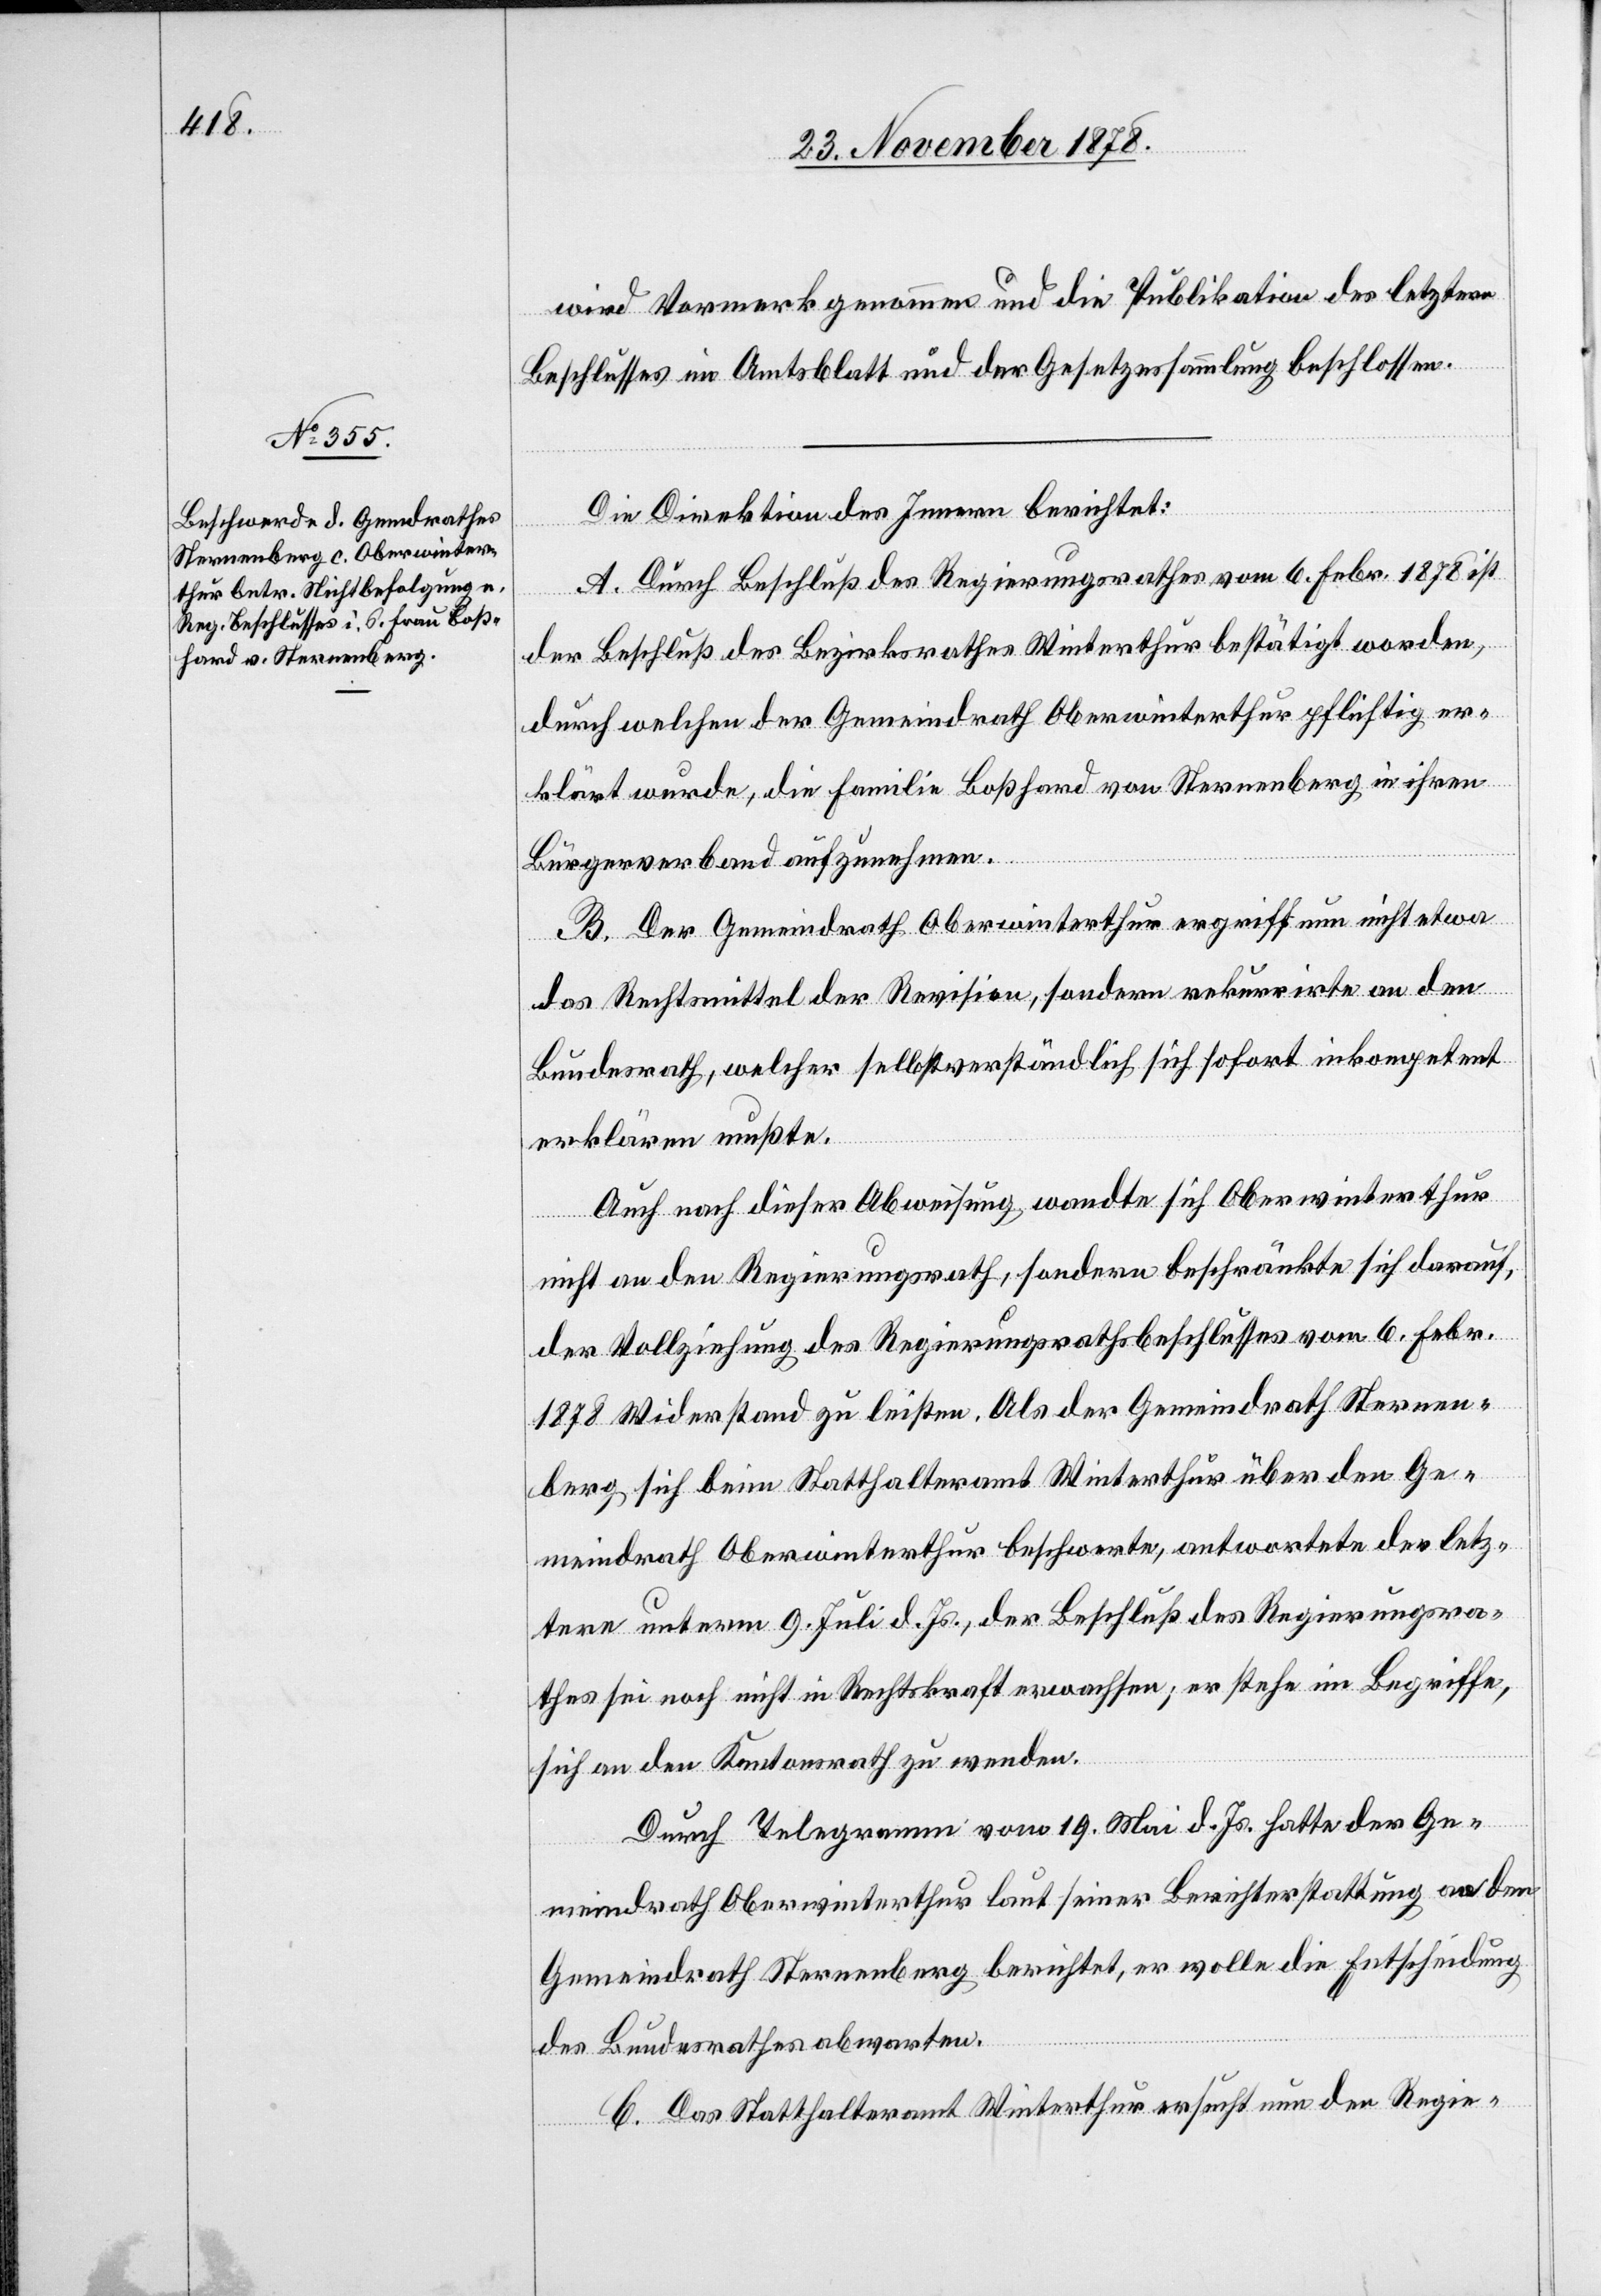
wird Vormerk genommen und die Publikation des letztern
Beschlusses im Amtsblatt und der Gesetzessammlung beschlossen.
Die Direktion des Innern berichtet:
A. Durch Beschluß des Regierungsrathes vom 6. Febr. 1878 ist
der Beschluß des Bezirksrathes Winterthur bestätigt worden,
durch welchen der Gemeindrath Oberwinterthur pflichtig er¬
klärt wurde, die Familie Boßhard von Sternenberg in ihren
Bürgerverband aufzunehmen.
B. Der Gemeindrath Oberwinterthur ergriff nun nicht etwa
das Rechtsmittel der Revision, sondern rekurrirte an den
Bundesrath, welcher selbstverständlich sich sofort inkompetent
erklären mußte.
Auch nach dieser Abweisung wandte sich Oberwinterthur
nicht an den Regierungsrath, sondern beschränkte sich darauf,
der Vollziehung des Regierungsrathsbeschlusses vom 6. Febr.
1878 Widerstand zu leisten. Als der Gemeindrath Sternen¬
berg sich beim Statthalteramt Winterthur über den Ge¬
meindrath Oberwinterthur beschwerte, antwortete der letz¬
tere unterm 9. Juli d. Js., der Beschluß des Regierungsra¬
thes sei noch nicht in Rechtskraft erwachsen; er stehe im Begriffe,
sich an den Kantonsrath zu wenden.
Durch Telegramm vom 19. Mai d. Js. hatte der Ge¬
meindrath Oberwinterthur laut seiner Berichterstattung an den
Gemeindrath Sternenberg berichtet, er wolle die Entscheidung
des Bundesrathes abwarten.
C. Das Statthalteramt Winterthur ersucht nun der Regie-